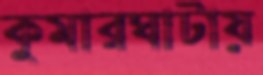
কুমারঘাটায়